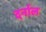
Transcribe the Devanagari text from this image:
दर्नाल